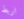
اربط